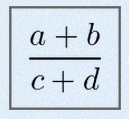
\frac{a+b}{c+d}